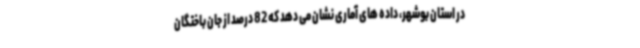
در استان بوشهر، داده های آماری نشان می دهد که 82 درصد از جان باختگان